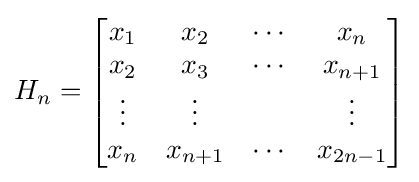
H_{n}={\begin{bmatrix}x_{1}&x_{2}&\cdots &x_{n}\\x_{2}&x_{3}&\cdots &x_{n+1}\\\vdots &\vdots &&\vdots \\x_{n}&x_{n+1}&\cdots &x_{2n-1}\\\end{bmatrix}}